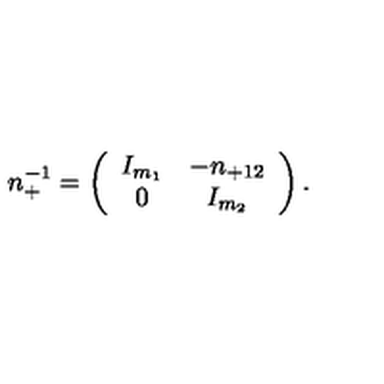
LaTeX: n _ { + } ^ { - 1 } = \left( \begin{array} { c c } { I _ { m _ { 1 } } } & { - n _ { + 1 2 } } \\ { 0 } & { I _ { m _ { 2 } } } \\ \end{array} \right) .